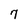
Character: 7